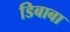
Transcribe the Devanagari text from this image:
डिबाबा